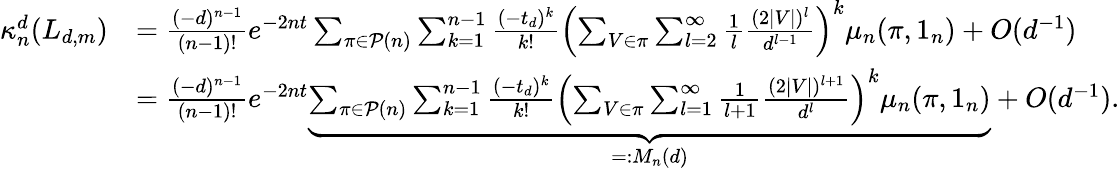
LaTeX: \begin{array}{rl}{\kappa_{n}^{d}(L_{d,m})}&{=\frac{(-d)^{n-1}}{(n-1)!}e^{-2nt}\sum_{\pi\in\mathcal{P}(n)}\sum_{k=1}^{n-1}\frac{(-t_{d})^{k}}{k!}\left(\sum_{V\in\pi}\sum_{l=2}^{\infty}\frac{1}{l}\frac{(2|V|)^{l}}{d^{l-1}}\right)^{k}\mu_{n}(\pi,1_{n})+O(d^{-1})}\\ &{=\frac{(-d)^{n-1}}{(n-1)!}e^{-2nt}\underbrace{\sum_{\pi\in\mathcal{P}(n)}\sum_{k=1}^{n-1}\frac{(-t_{d})^{k}}{k!}\left(\sum_{V\in\pi}\sum_{l=1}^{\infty}\frac{1}{l+1}\frac{(2|V|)^{l+1}}{d^{l}}\right)^{k}\mu_{n}(\pi,1_{n})}_{=:M_{n}(d)}+O(d^{-1}).}\end{array}